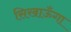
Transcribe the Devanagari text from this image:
सिखाऊँगा